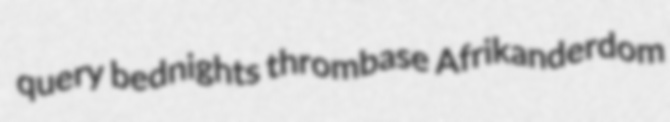
query bednights thrombase Afrikanderdom